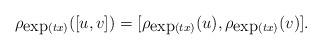
LaTeX: \begin{align*}\rho_{\mbox{exp}(tx)}([u,v])&=[\rho_{\mbox{exp}(tx)}(u),\rho_{\mbox{exp}(tx)}(v)].\end{align*}